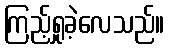
ကြည့်ရှုခဲ့လေသည်။